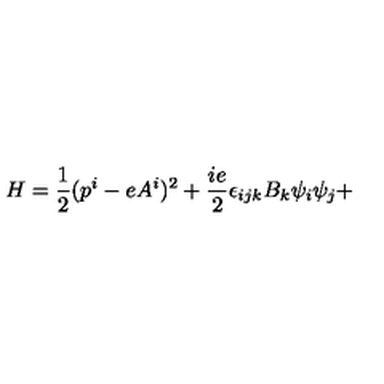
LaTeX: H = \frac { 1 } { 2 } ( p ^ { i } - e A ^ { i } ) ^ { 2 } + \frac { i e } { 2 } \epsilon _ { i j k } B _ { k } \psi _ { i } \psi _ { j } +